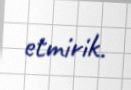
etmirik.